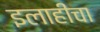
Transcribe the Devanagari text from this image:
इलाहींचा